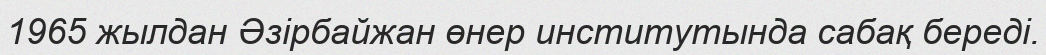
1965 жылдан Әзірбайжан өнер институтында сабақ береді.